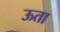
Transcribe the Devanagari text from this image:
ऊता